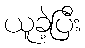
ယူခဲ့ပြီး